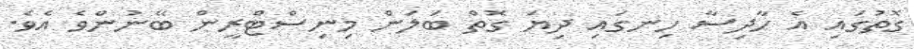
ގޮތުގައި އެ ހާދިސާ ހިނގައި ދިޔަ ގޮތް ބަލަން މިނިސްޓްރީން ބޭނުންވެ އެވެ.